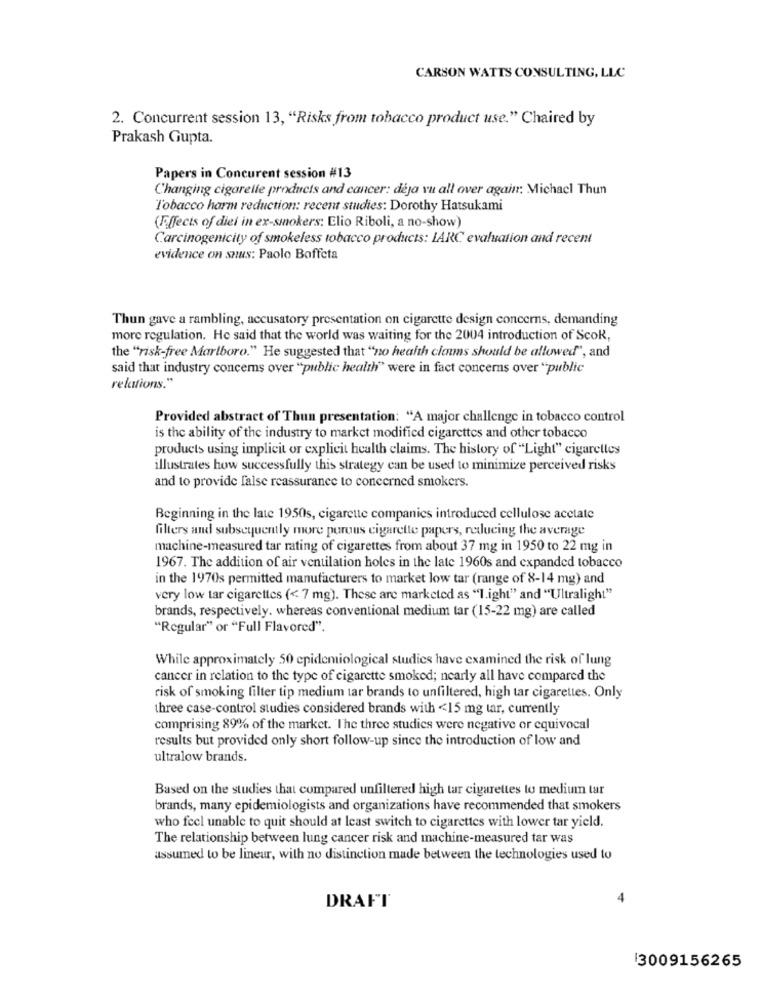
CARSON WATTS CONSULTING, LLC
2. Concurrent session 13, "Risks from tobacco product use." Chaired by
Prakash Gupta.
Papers in Concurent session #13
Changing cigarelle products and cancer: déja vu all over again: Michael Thun
Tobacco harm reduction: recent studies: Dorothy Hatsukami
(Effects of diei in ex-smokers: Elio Riboli, a no-show)
Carcinogenicity of smokeless tobacco products: LARC evaluation and recent
evidence on snus: Paolo Boffeta
Thun gave a rambling, accusatory presentation on cigarette design concerns, demanding
more regulation. He said that the world was waiting for the 2004 introduction of Scok,
the "risk-free Marlboro." He suggested that "no health claus should be allowed", and
said that industry concems over "public health" were in fact concerns over "public
relations."
Provided abstract of Thun presentation: "A major challenge in tobacco control
is the ability of the industry to market modified cigarettes and other tobacco
products using implicit or explicit health claims. The history of "Light" cigarettes
illustrates how successfully this strategy can be used to minimize perceived risks
and to provide false reassurance to concerned smokers.
Beginning in the late 1950s, cigarette companies introduced cellulose acetate
filters and subsequently more purous cigarette papers, reducing the average
machine-measured tar rating of cigarettes from about 37 mg in 1950 to 22 mg in
1967. The addition of air ventilation holes in the late 1960s and expanded tobacco
in the 1970s permitted manufacturers to market low tar (range of 8-14 mg) and
very low tar cigarettes (< 7 mg). These are marketed as "1.ight" and "Ultralight"
brands, respectively. whereas conventional medium tar (15-22 mg) are called
"Regular" or "Full Flavored".
While approximately 50 epidemiological studies have examined the risk of lung
cancer in relation to the type of cigarette smoked; nearly all have compared the
risk of smoking filter tip medium tar brands to unfiltered, high tar cigarettes. Only
three case-control studies considered brands with <15 mg tar, currently
comprising 89% of the market. The three studies were negative or equivocal
results but provided only short follow-up since the introduction of low and
ultralow brands.
Based on the studies that compared unfiltered high tar cigarettes to medium tar
brands, many epidemiologists and organizations have recommended that smokers
who feel unable to quit should at least switch to cigarettes with lower tar yield.
The relationship between lung cancer risk and machine-measured tar was
assumed to be linear, with no distinction made between the technologies used to
DRAFT
3009156265